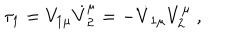
\tau _ { 1 } = V _ { 1 \mu } \dot { V } _ { 2 } ^ { \mu } = - \dot { V } _ { 1 \mu } V _ { 2 } ^ { \mu } ~ ,